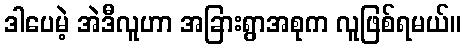
ဒါပေမဲ့ အဲဒီလူဟာ အခြားရွာအစုက လူဖြစ်ရမယ်။